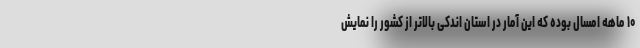
۱۰ ماهه امسال بوده که این آمار در استان اندکی بالاتر از کشور را نمایش